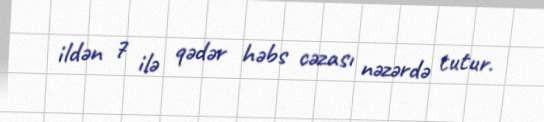
ildən 7 ilə qədər həbs cəzası nəzərdə tutur.